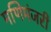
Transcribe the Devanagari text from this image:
मणिमंजरी